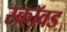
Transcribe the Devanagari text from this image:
स्कॉवड